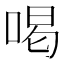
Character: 喝